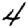
Digit: 4